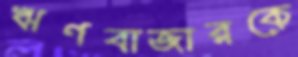
ঋণবাজারকে